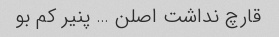
قارچ نداشت اصلن … پنیر کم بو